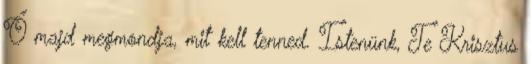
Ő majd megmondja, mit kell tenned. Istenünk, Te Krisztus